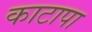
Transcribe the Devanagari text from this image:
काटापा